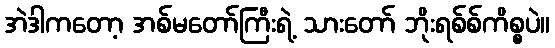
အဲဒါကတော့ အစ်မတော်ကြီးရဲ့ သားတော် ဘိုးရစ်စ်ကိစ္စပဲ။